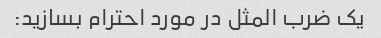
یک ضرب المثل در مورد احترام بسازید: